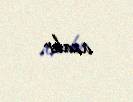
azalır.